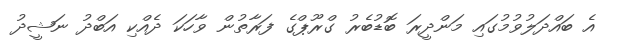
އެ ބައްދަލުވުމުގައި މަންދީރަ ބޮޑުބެރު ގްރޫޕްގެ ފަރާތުން ވާހަކަ ދެއްކި އަބްދު ނަޝީދު